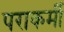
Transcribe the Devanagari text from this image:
पराकर्मी